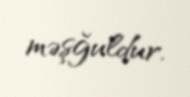
məşğuldur.